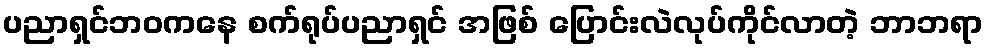
ပညာရှင်ဘဝကနေ စက်ရုပ်ပညာရှင် အဖြစ် ပြောင်းလဲလုပ်ကိုင်လာတဲ့ ဘာဘရာ